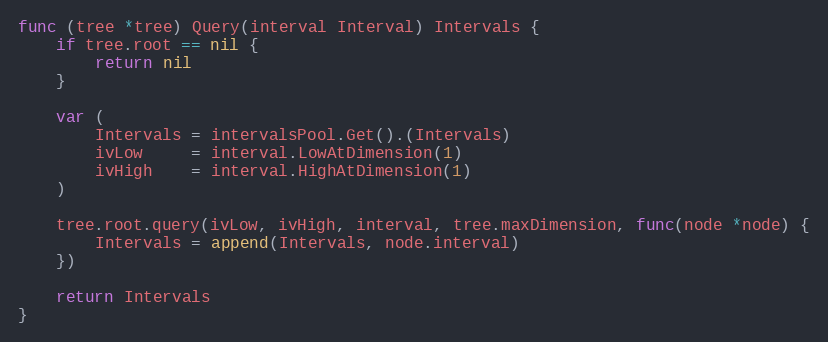
Language: Go
func (tree *tree) Query(interval Interval) Intervals {
	if tree.root == nil {
		return nil
	}

	var (
		Intervals = intervalsPool.Get().(Intervals)
		ivLow     = interval.LowAtDimension(1)
		ivHigh    = interval.HighAtDimension(1)
	)

	tree.root.query(ivLow, ivHigh, interval, tree.maxDimension, func(node *node) {
		Intervals = append(Intervals, node.interval)
	})

	return Intervals
}